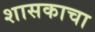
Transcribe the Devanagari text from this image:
शासकाचा